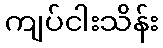
ကျပ်ငါးသိန်း